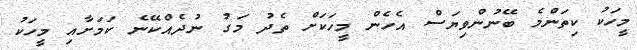
މީހަކު ކިތަންމެ ބޭނުންވިޔަސް އެހެން މީހަކަށް ތެދު މަގު ނުދެއްކޭނެ ކަމަށާއި މީހަކު